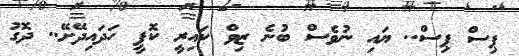
ޕިސް ޕިސް.. ޔައި ނުވެސް ބުނެ ޒިވް ކައިރީ ކޮފީ ހަދައިދޭށޭ.. ދޮގު